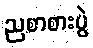
ညစာစားပွဲ